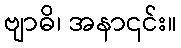
ဗျာဓိ၊ အနာ၎င်း။